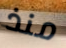
منذ